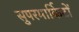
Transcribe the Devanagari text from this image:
सुपरमार्किटों